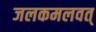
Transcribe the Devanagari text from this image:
जलकमलवत्